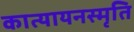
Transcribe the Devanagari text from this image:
कात्यायनस्मृति